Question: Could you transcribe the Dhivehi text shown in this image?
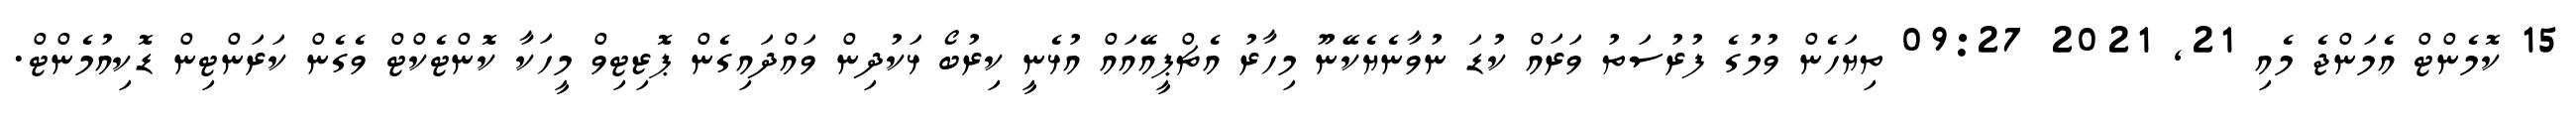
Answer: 15 ކޮމެންޓް އެމަންޖެ މެއި 21, 2021 09:27 ތިޔަހެން ވުމުގެ ފުރުސަތު ވަރައް ކުޑަ ނުވާނެޔެކޭނޫ މިހާރު އެޗްޕީއޭއައް އުޅެނީ ކިރުބޯ ޅަކުދިން ވައްދައިގެން ޕޮޒިޓިވް މީހަކާ ކޮންޓެކްޓް ވެގެން ކަރަންޓިން ޑޮކިއުމެންޓް.